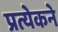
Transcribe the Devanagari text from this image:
प्रत्येकने